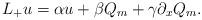
LaTeX: \begin{align*} L_+ u = \alpha u + \beta Q_m + \gamma \partial_x Q_m.\end{align*}